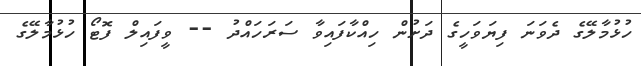
ހުޅުމާލޭގެ ދެވަނަ ފިޔަވަހީގެ ދަށުން ހިއްކާފައިވާ ސަރަހައްދު -- ވީފައިލް ފޮޓޯ ހުޅުމާލޭގެ